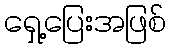
ရှေ့ပြေးအဖြစ်